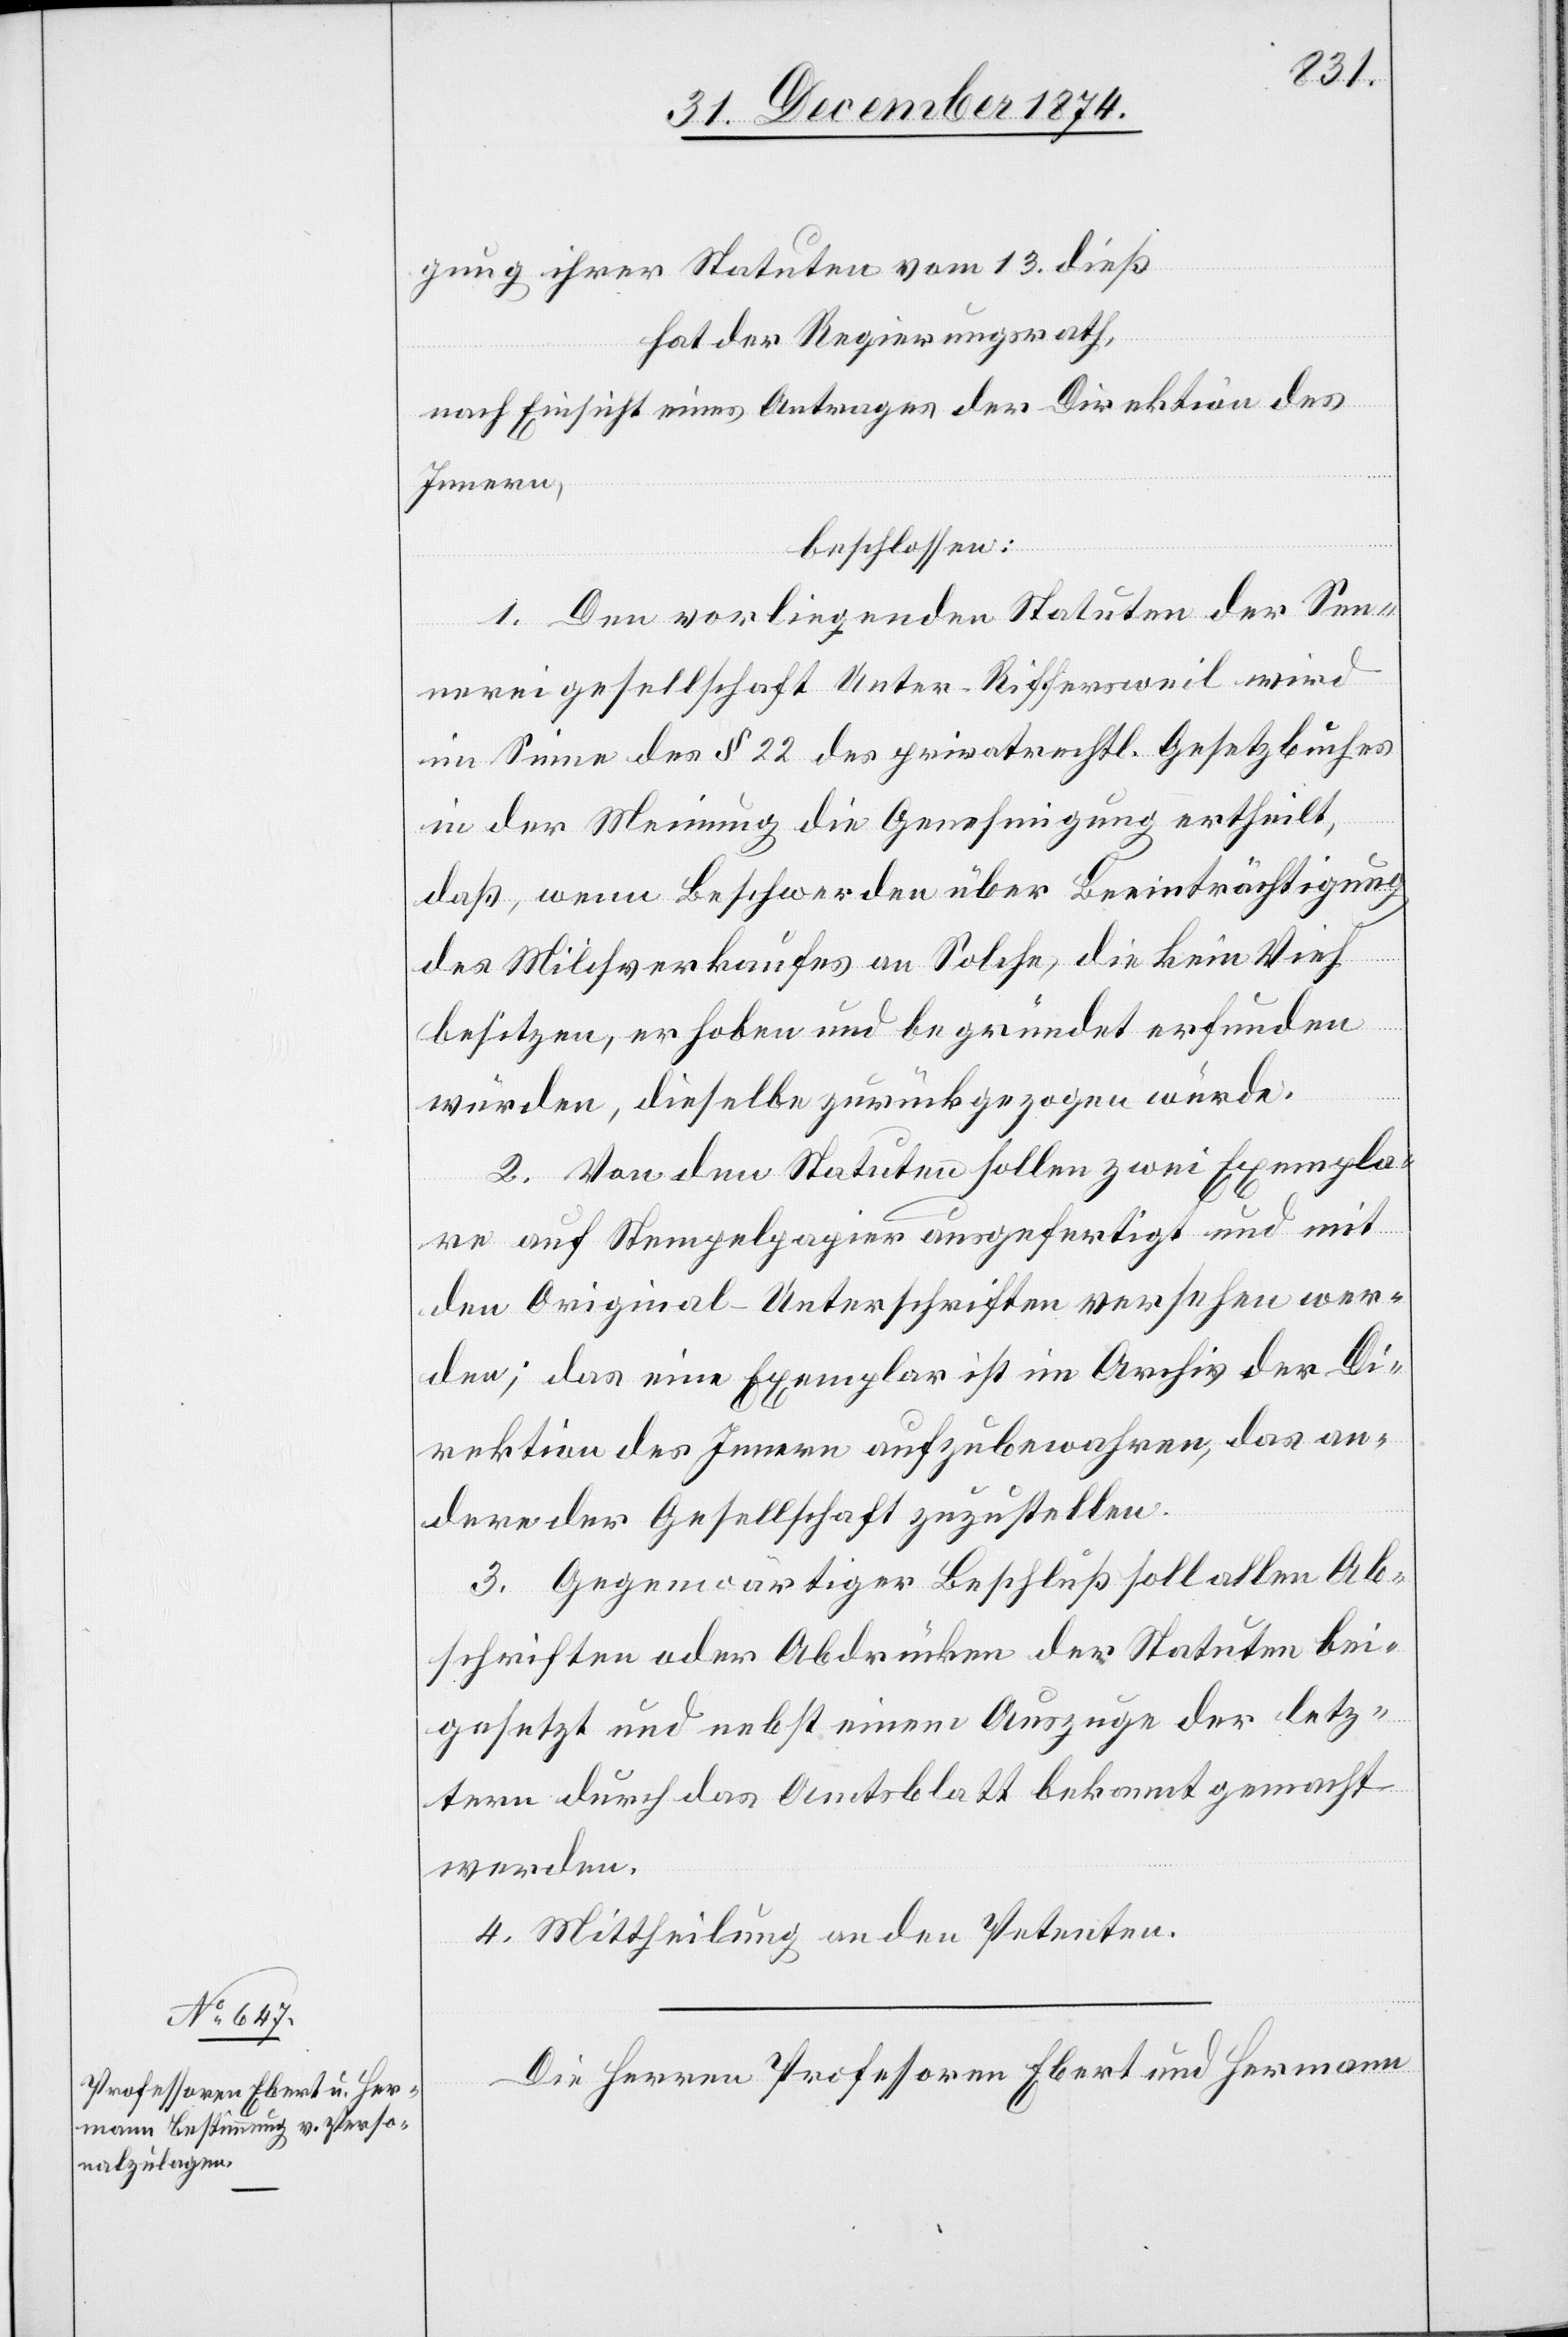
gung ihrer Statuten vom 13. dieß
hat der Regierungsrath,
nach Einsicht eines Antrages der Direktion des
Innern,
beschlossen:
1. Den vorliegenden Statuten der Sen¬
nereigesellschaft Unter-Riffersweil wird
im Sinne des § 22 des privatrechtl. Gesetzbuches
in der Meinung die Genehmigung ertheilt,
daß, wenn Beschwerden über Beeinträchtigung
des Milchverkaufes an Solche, die kein Vieh
besitzen, erhoben und begründet erfunden
würden, dieselbe zurückgezogen würde.
2. Von den Statuten sollen zwei Exempla¬
re auf Stempelpapier ausgefertigt und mit
den Original-Unterschriften versehen wer¬
den; das eine Exemplar ist im Archiv der Di¬
rektion des Innern aufzubewahren, das an¬
dere der Gesellschaft zuzustellen.
3. Gegenwärtiger Beschluß soll allen Ab¬
schriften oder Abdrücken der Statuten bei¬
gesetzt und nebst einem Auszuge der letz¬
tern durch das Amtsblatt bekannt gemacht
werden.
4. Mittheilung an den Petenten.
Die Herren Professor Ebert und Hermann